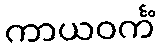
ကာယဝင်္ကံ